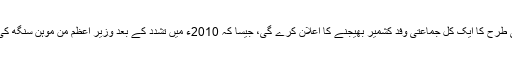
امید کی جا رہی تھی کہ حالات کی سنگینی کو مدنظر رکھتے ہوئے حکومت اُسی طرح کا ایک کل جماعتی وفد کشمیر بھیجنے کا اعلان کرے گی، جیسا کہ 2010ء میں تشدد کے بعد وزیر اعظم من موہن سنگھ کی حکومت نے بھیجا تھا تاہم مودی حکومت نے اس طرح کا کوئی اعلان نہیں کیا۔